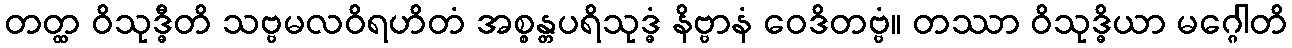
တတ္ထ ဝိသုဒ္ဓီတိ သဗ္ဗမလဝိရဟိတံ အစ္စန္တပရိသုဒ္ဓံ နိဗ္ဗာနံ ဝေဒိတဗ္ဗံ။ တဿာ ဝိသုဒ္ဓိယာ မဂ္ဂေါတိ